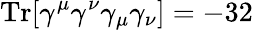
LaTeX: \mathrm{Tr}[\gamma^{\mu}\gamma^{\nu}\gamma_{\mu}\gamma_{\nu}]=-32